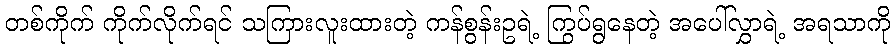
တစ်ကိုက် ကိုက်လိုက်ရင် သကြားလူးထားတဲ့ ကန်စွန်းဥရဲ့ ကြွပ်ရွနေတဲ့ အပေါ်လွှာရဲ့ အရသာကို